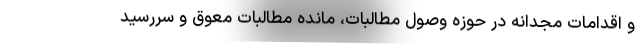
و اقدامات مجدانه در حوزه وصول مطالبات، مانده مطالبات معوق و سررسید